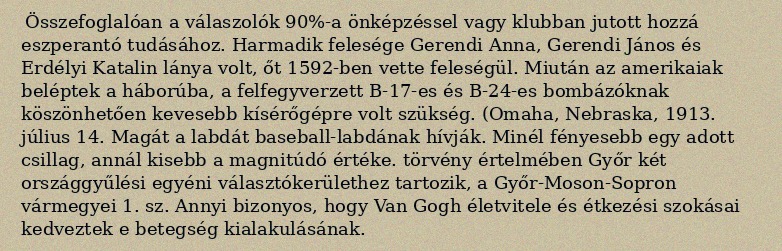
Összefoglalóan a válaszolók 90%-a önképzéssel vagy klubban jutott hozzá eszperantó tudásához. Harmadik felesége Gerendi Anna, Gerendi János és Erdélyi Katalin lánya volt, őt 1592-ben vette feleségül. Miután az amerikaiak beléptek a háborúba, a felfegyverzett B-17-es és B-24-es bombázóknak köszönhetően kevesebb kísérőgépre volt szükség. (Omaha, Nebraska, 1913. július 14. Magát a labdát baseball-labdának hívják. Minél fényesebb egy adott csillag, annál kisebb a magnitúdó értéke. törvény értelmében Győr két országgyűlési egyéni választókerülethez tartozik, a Győr-Moson-Sopron vármegyei 1. sz. Annyi bizonyos, hogy Van Gogh életvitele és étkezési szokásai kedveztek e betegség kialakulásának.